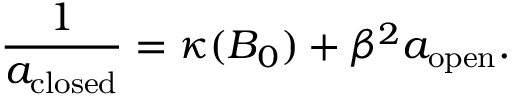
\frac { 1 } { a _ { \mathrm { c l o s e d } } } = \kappa ( B _ { 0 } ) + \beta ^ { 2 } a _ { \mathrm { o p e n } } .